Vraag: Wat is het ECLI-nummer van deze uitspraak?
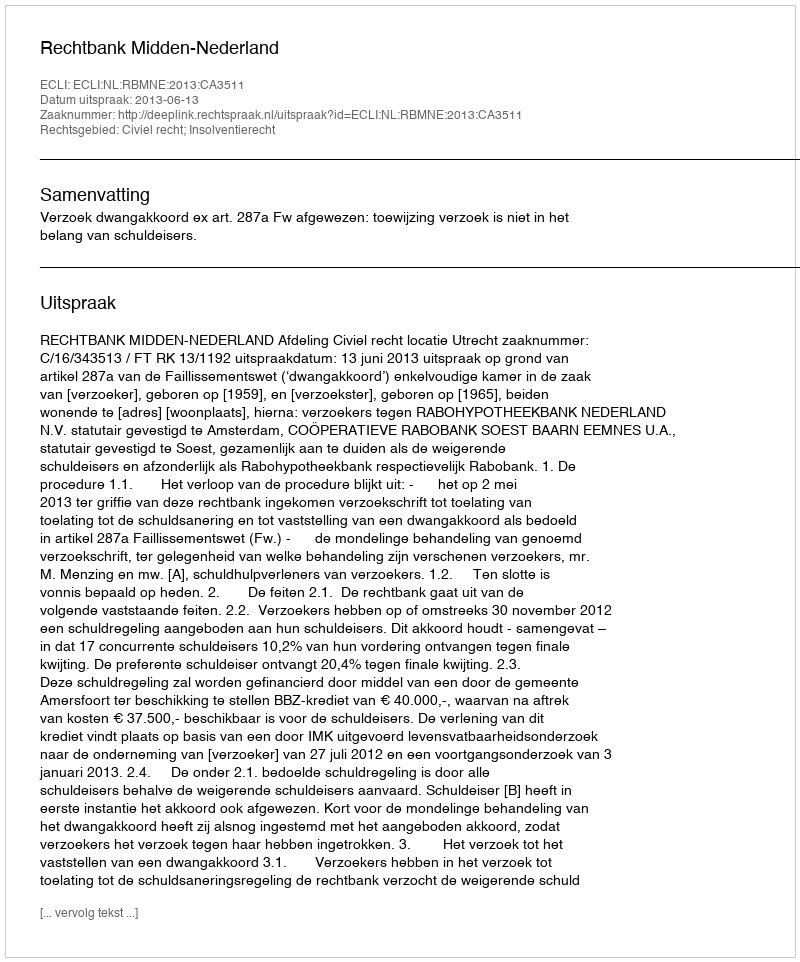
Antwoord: ECLI:NL:RBMNE:2013:CA3511